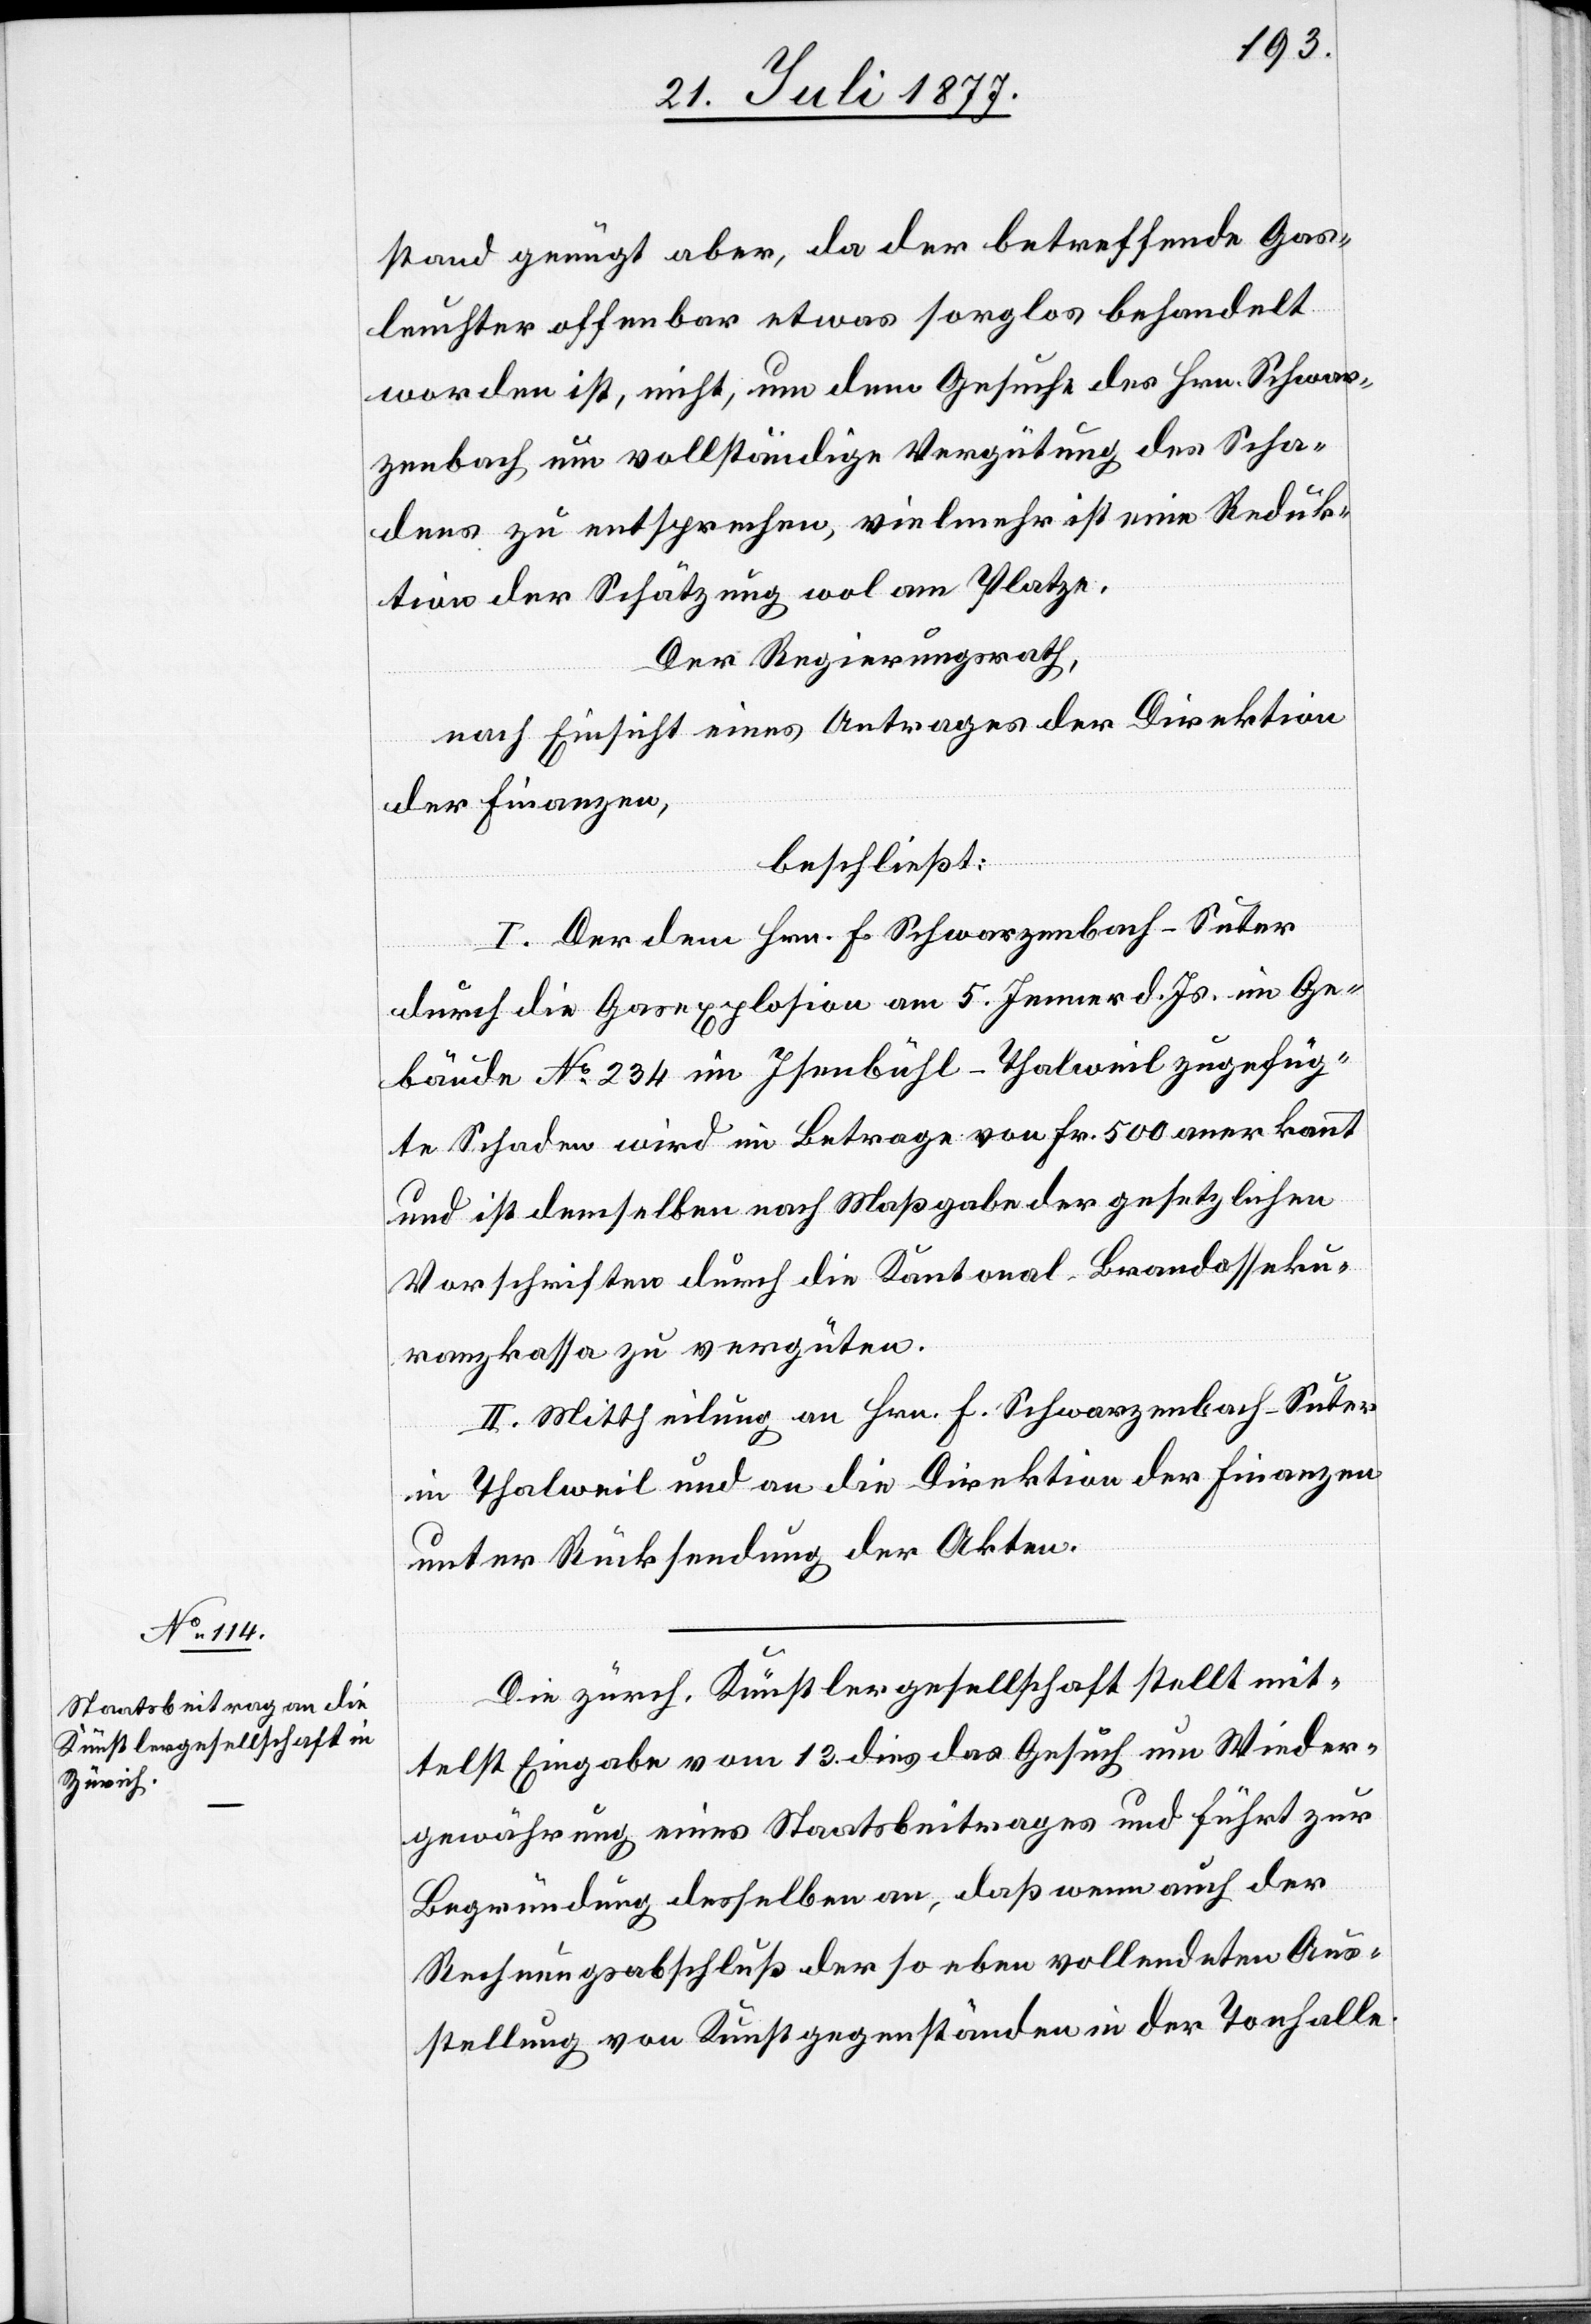
stand genügt aber, da der betreffende Gas¬
leuchter offenbar etwas sorglos behandelt
worden ist, nicht, um dem Gesuche des Hrn. Schwar¬
zenbach um vollständige Vergütung des Scha¬
dens zu entsprechen, vielmehr ist eine Reduk¬
tion der Schätzung wol am Platze.
Der Regierungsrath,
nach Einsicht eines Antrages der Direktion
der Finanzen,
beschließt:
I. Der dem Hrn. F. Schwarzenbach-Suter
durch die Gasexplosion am 5. Jenner d. Js. im Ge¬
bäude No 234 im Isenbühl - Thalweil zugefüg¬
te Schaden wird im Betrage von Fr. 500 anerkannt
und ist demselben nach Maßgabe der gesetzlichen
Vorschriften durch die Kantonal-Brandasseku¬
ranzkassa zu vergüten.
II. Mittheilung an Hrn. F. Schwarzenbach-Suter
in Thalweil und an die Direktion der Finanzen
unter Rücksendung der Akten.
Die zürch. Künstlergesellschaft stellt mit¬
telst Eingabe vom 13. dies das Gesuch um Wieder¬
gewährung eines Staatsbeitrages und führt zur
Begründung desselben an, daß wenn auch der
Rechnungsabschluß der so eben vollendeten Aus¬
stellung von Kunstgegenständen in der Tonhalle